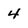
Character: 4